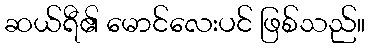
ဆယ်ရီ၏ မောင်လေးပင် ဖြစ်သည်။